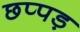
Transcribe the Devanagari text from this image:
छप्पड़